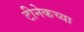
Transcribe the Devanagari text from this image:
टीनेकच्या